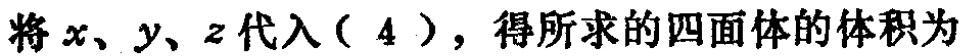
将\(x、y、z\)代入（\(4\)），得所求的四面体的体积为